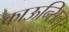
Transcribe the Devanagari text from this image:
काऊन्सिलर